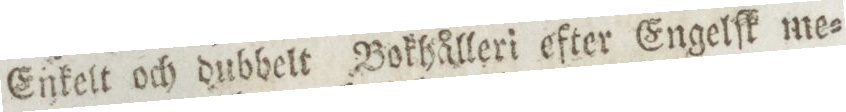
Enkelt och dubbelt Bokhålleri efter Engelſk me=